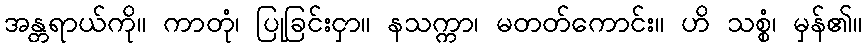
အန္တရာယ်ကို။ ကာတုံ၊ ပြုခြင်းငှာ။ နသက္ကာ၊ မတတ်ကောင်း။ ဟိ သစ္စံ၊ မှန်၏။